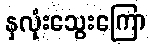
နှလုံးသွေးကြော